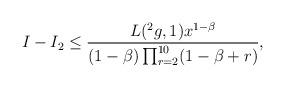
LaTeX: \begin{align*}I-I_2 \leq \frac{L(^2g,1)x^{1-\beta}}{(1-\beta)\prod_{r=2}^{10}(1-\beta+r)},\end{align*}